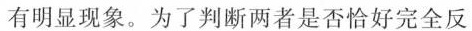
有明显现象。为了判断两者是否恰好完全反